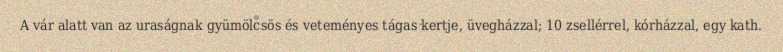
A vár alatt van az uraságnak gyümölcsös és veteményes tágas kertje, üvegházzal; 10 zsellérrel, kórházzal, egy kath.